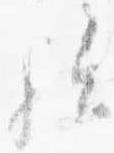
歟